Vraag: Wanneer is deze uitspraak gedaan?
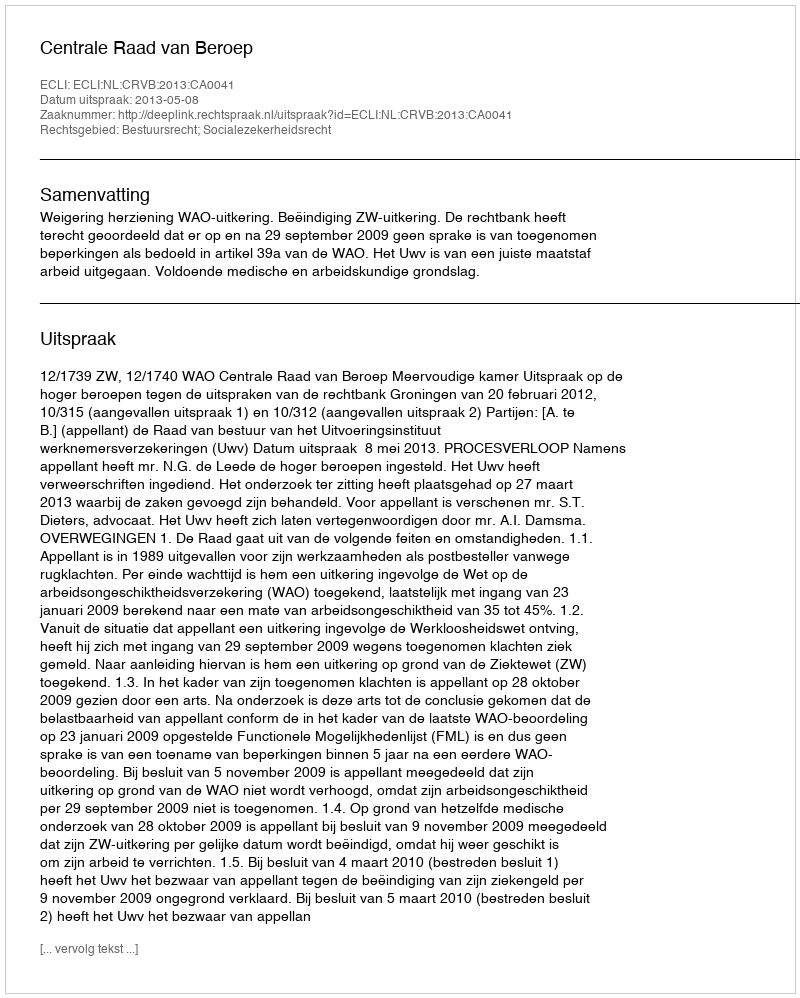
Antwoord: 2013-05-08